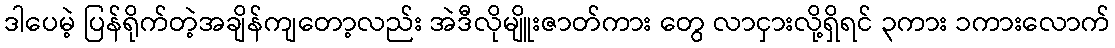
ဒါပေမဲ့ ပြန်ရိုက်တဲ့အချိန်ကျတော့လည်း အဲဒီလိုမျိူးဇာတ်ကား တွေ လာငှားလို့ရှိရင် ၃ကား ၁ကားလောက်